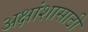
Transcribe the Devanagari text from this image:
अक्षांशासाठी